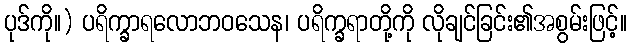
ပုဒ်ကို။) ပရိက္ခာရလောဘဝသေန၊ ပရိက္ခရာတို့ကို လိုချင်ခြင်း၏အစွမ်းဖြင့်။